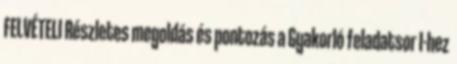
FELVÉTELI Részletes megoldás és pontozás a Gyakorló feladatsor I-hez